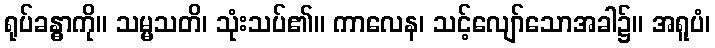
ရုပ်ခန္ဓာကို။ သမ္မသတိ၊ သုံးသပ်၏။ ကာလေန၊ သင့်လျော်သောအခါ၌။ အရူပံ၊